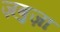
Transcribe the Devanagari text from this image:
ज़बुज़ा